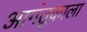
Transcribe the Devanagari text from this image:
आगंतुकाला